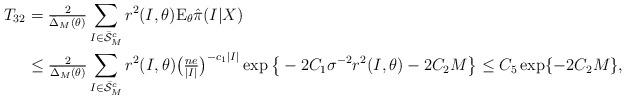
LaTeX: \begin{align*}T_{32}&=\tfrac{2}{\bar{\Delta}_M(\theta)} \sum_{I\in \bar{\mathcal{S}}^c_M} r^2(I,\theta) \mathrm{E}_{\theta}\hat{\pi}(I|X) \\&\le \tfrac{2}{\bar{\Delta}_M(\theta)} \sum_{I\in \bar{\mathcal{S}}^c_M} r^2(I,\theta) \big(\tfrac{ne}{|I|}\big)^{-c_1|I|}\exp\big\{-2C_1\sigma^{-2}r^2(I,\theta)-2C_2M\big\} \le C_5 \exp\{-2C_2 M\},\end{align*}